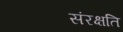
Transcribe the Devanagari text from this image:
संरक्षति